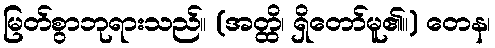
မြတ်စွာဘုရားသည်။ (အတ္ထိ၊ ရှိတော်မူ၏။) တေန၊